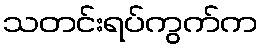
သတင်းရပ်ကွက်က